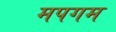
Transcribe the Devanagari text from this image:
मपगम